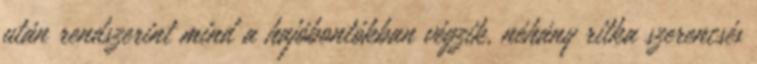
után rendszerint mind a hajóbontókban végzik, néhány ritka szerencsés